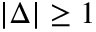
| \Delta | \geq 1